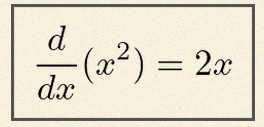
\frac{d}{dx}(x^2)=2x